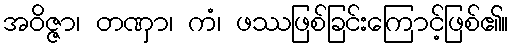
အဝိဇ္ဇာ၊ တဏှာ၊ ကံ၊ ဖဿဖြစ်ခြင်းကြောင့်ဖြစ်၏။